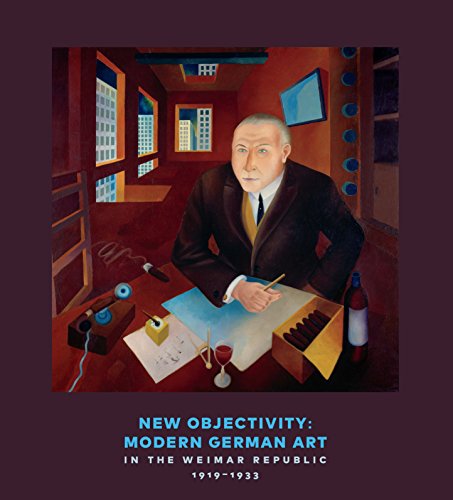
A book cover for New Objectivity: Modern German Art in the Weimar Republic 1919-1933; Arts & Photography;